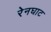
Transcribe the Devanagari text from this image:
रेनघाट